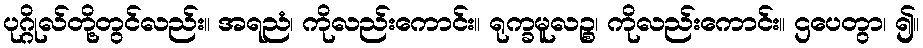
ပုဂ္ဂိုလ်တို့တွင်လည်း။ အရညံ၊ ကိုလည်းကောင်း။ ရုက္ခမူလဉ္စ၊ ကိုလည်းကောင်း။ ဌပေတွာ၊ ၍။